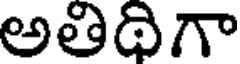
అతిథిగా